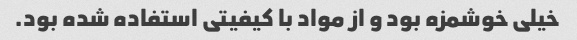
خیلی خوشمزه بود و از مواد با کیفیتی استفاده شده بود.